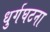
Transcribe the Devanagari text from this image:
धुर्गघटना